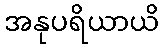
အနုပရိယာယိ